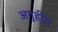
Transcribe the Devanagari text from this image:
अगुहीय